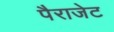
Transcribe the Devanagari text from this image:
पैराजेट